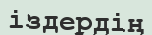
іздердің